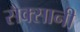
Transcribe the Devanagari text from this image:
सैक्सानी